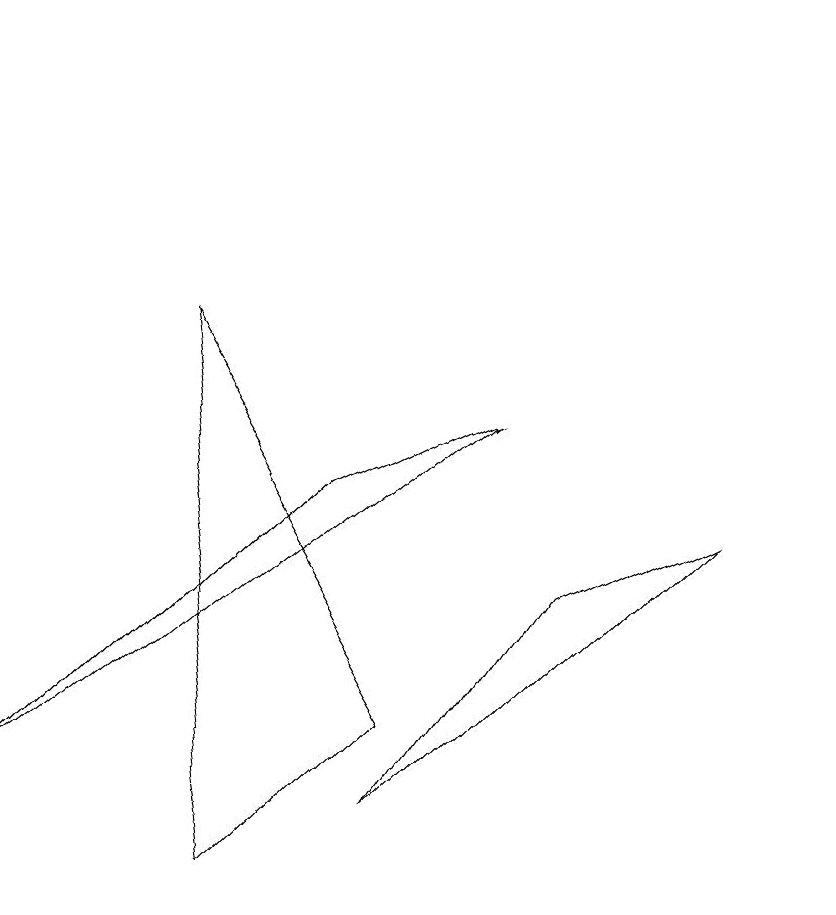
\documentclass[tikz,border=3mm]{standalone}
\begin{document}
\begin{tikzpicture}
\draw (2,7) -- (3,0) -- (5,2) -- cycle;
\draw (5,1) -- (7,4) -- (9,5) -- cycle;
\draw (6,6) -- (0,1) -- (4,5) -- cycle;
\draw (10,11) circle (0);
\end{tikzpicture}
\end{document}